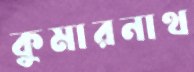
কুমারনাথ